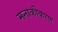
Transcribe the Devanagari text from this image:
मनाकीकरण